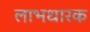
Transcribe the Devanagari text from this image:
लाभधारक